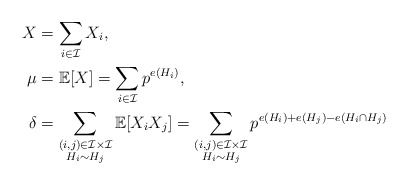
\begin{align*}X &= \sum_{i \in \mathcal{I}} X_i, \\\mu &= \mathbb{E}[X] = \sum_{i \in \mathcal{I}} p^{e(H_i)}, \\\delta &= \sum_{\substack{(i, j) \in \mathcal{I} \times \mathcal{I} \\ H_i \sim H_j}} \mathbb{E}[X_i X_j] = \sum_{\substack{(i, j) \in \mathcal{I} \times \mathcal{I} \\ H_i \sim H_j}} p^{e(H_i) + e(H_j) - e(H_i \cap H_j)}\end{align*}